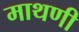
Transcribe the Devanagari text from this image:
माथणी